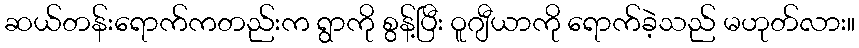
ဆယ်တန်းရောက်ကတည်းက ရွာကို စွန့်ပြီး ဝူဂျီယာကို ရောက်ခဲ့သည် မဟုတ်လား။